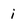
Character: i